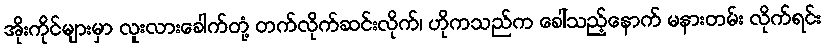
အိုးကိုင်များမှာ လူးလားခေါက်တုံ့ တက်လိုက်ဆင်းလိုက်၊ ဟိုကသည်က ခေါ်သည့်နောက် မနားတမ်း လိုက်ရင်း